Enquiry on enteric fever in India - Number 32
Disease focus: Fever
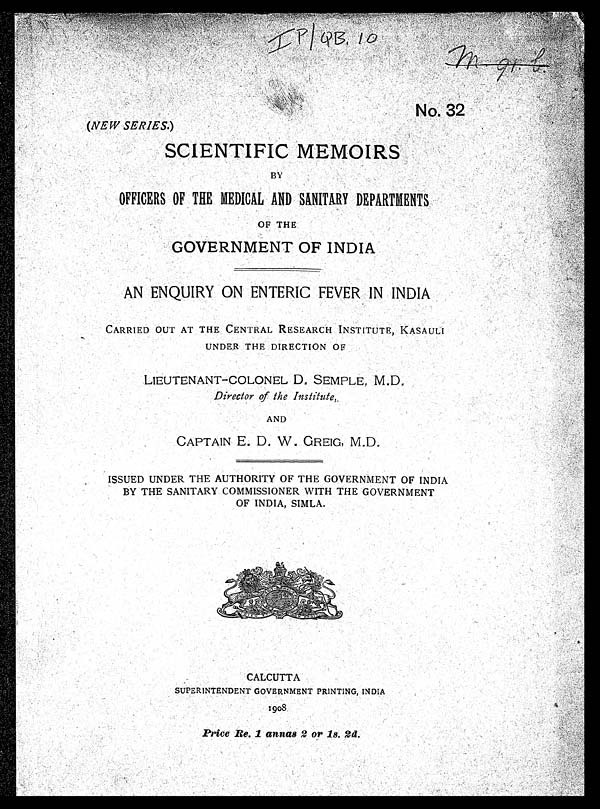
No. 32
(NEW SERIES.)
SCIENTIFIC MEMOIRS
BY
OFFICERS. OF THE MEDICAL AND SANITARY DEPARTMENTS
OF THE
GOVERNMENT OF INDIA
AN ENQUIRY. ON ENTERIC FEVER IN INDIA
CARRIED OUT AT THE CENTRAL RESEARCH INSTITUTE, KASAULI
UNDER THE DIRECTION OF
LIEUTENANT— COLONEL D. SEMPLE, M.D.
Director of the Institute,.
AND
CAPTAIN E. D. W GREIG, M.D.
ISSUED UNDER THE AUTHORITY OF THE GOVERNMENT OF INDIA
BY THE SANITARY. COMMISSIONER WITH THE GOVERNMENT
OF INDIA, SIMLA.
CALCUTTA
SUPERINTENDENT GOVERNMENT PRINTING, INDIA
1908
Price Re. 1 mamas 2 or is. 2d.